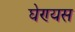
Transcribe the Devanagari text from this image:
घेण्यस